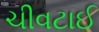
ચીવટાઈ